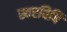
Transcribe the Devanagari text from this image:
स्वरविधि